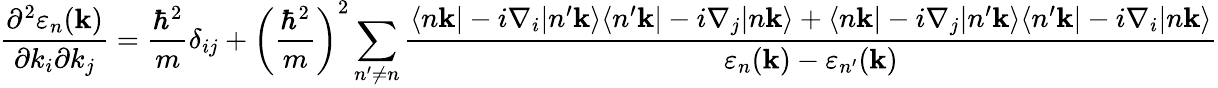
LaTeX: {\frac{\partial^{2}\varepsilon_{n}(\mathbf{k})}{\partial k_{i}\partial k_{j}}}={\frac{\hbar^{2}}{m}}\delta_{ij}+\left({\frac{\hbar^{2}}{m}}\right)^{2}\sum_{n^{\prime}\neq n}{\frac{\langle n\mathbf{k}|-i\nabla_{i}|n^{\prime}\mathbf{k}\rangle\langle n^{\prime}\mathbf{k}|-i\nabla_{j}|n\mathbf{k}\rangle+\langle n\mathbf{k}|-i\nabla_{j}|n^{\prime}\mathbf{k}\rangle\langle n^{\prime}\mathbf{k}|-i\nabla_{i}|n\mathbf{k}\rangle}{\varepsilon_{n}(\mathbf{k})-\varepsilon_{n^{\prime}}(\mathbf{k})}}